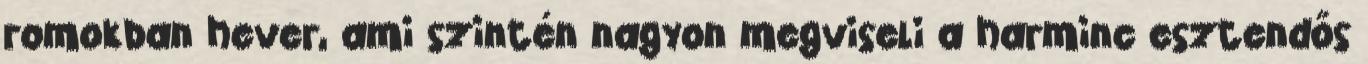
romokban hever, ami szintén nagyon megviseli a harminc esztendős